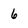
Character: 6